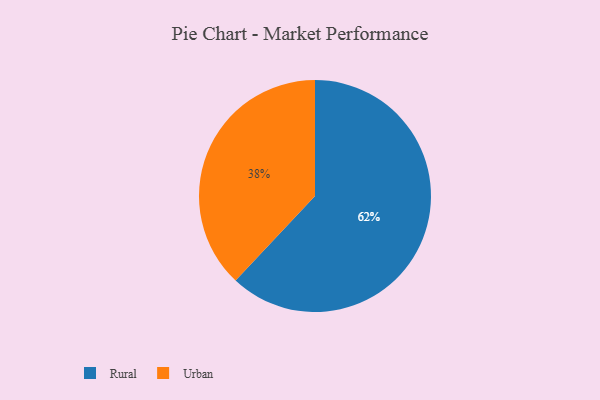
{"axis": {"x": "Category", "y": "Percentage"}, "legend": ["Rural", "Urban"], "data": [{"x": "Rural", "y": 62, "type": "Rural"}, {"x": "Urban", "y": 38, "type": "Urban"}]}